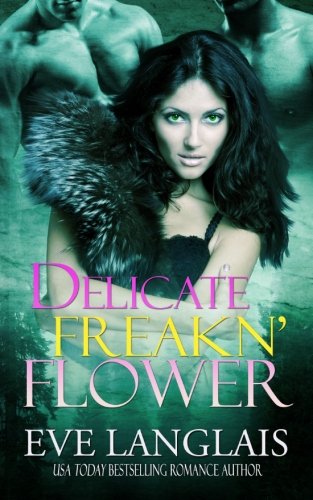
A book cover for Delicate Freakn' Flower; Eve Langlais; Romance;